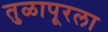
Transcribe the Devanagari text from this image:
तुळापूरला